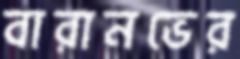
বারানভের